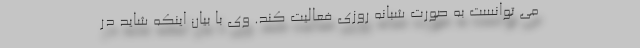
می توانست به صورت شبانه روزی فعالیت کند. وی با بیان اینکه شاید در